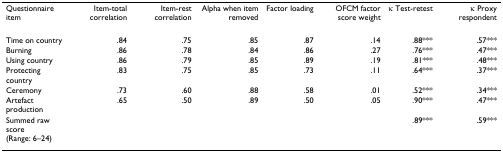
<table><thead><tr><td><b>Questionnaire item</b></td><td><b>Item-total correlation</b></td><td><b>Item-rest correlation</b></td><td><b>Alpha when item removed</b></td><td><b>Factor loading</b></td><td><b>OFCM factor score weight</b></td><td><b>κ Test-retest</b></td><td><b>κ Proxy respondent</b></td></tr></thead><tbody><tr><td>Time on country</td><td>.84</td><td>.75</td><td>.85</td><td>.87</td><td>.14</td><td>.88***</td><td>.57***</td></tr><tr><td>Burning</td><td>.86</td><td>.78</td><td>.84</td><td>.86</td><td>.27</td><td>.76***</td><td>.47***</td></tr><tr><td>Using country</td><td>.86</td><td>.79</td><td>.85</td><td>.89</td><td>.19</td><td>.81***</td><td>.48***</td></tr><tr><td>Protecting country</td><td>.83</td><td>.75</td><td>.85</td><td>.73</td><td>.11</td><td>.64***</td><td>.37***</td></tr><tr><td>Ceremony</td><td>.73</td><td>.60</td><td>.88</td><td>.58</td><td>.01</td><td>.52***</td><td>.34***</td></tr><tr><td>Artefact production</td><td>.65</td><td>.50</td><td>.89</td><td>.50</td><td>.05</td><td>.90***</td><td>.47***</td></tr><tr><td>Summed raw score(Range: 6–24)</td><td></td><td></td><td></td><td></td><td></td><td>.89***</td><td>.59***</td></tr></tbody></table>